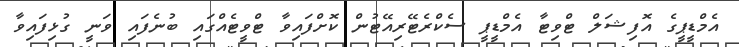
އެމްޑީޕީގެ އޮފިޝަލް ޓްވިޓާ އެމްޑީޕީ ސެކްރެޓޭރިއޭޓުން ކޮށްފައިވާ ޓްވީޓެއްގައި ބުނެފައި ވަނީ ގުޅިފައިވާ